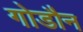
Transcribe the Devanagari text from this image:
गोडौन